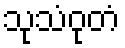
သုသံဝုတံ